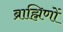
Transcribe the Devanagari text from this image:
ब्राह्मिणों